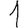
Digit: 1